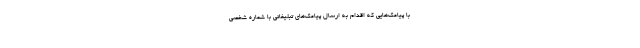
با پیامک‌هایی که اقدام به ارسال پیامک‌های تبلیغاتی با شماره شخصی